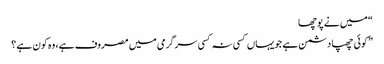
“ میں نے پوچھا
”کوئی چھپا دشمن ہے جویہاں کسی نہ کسی سرگرمی میں مصروف ہے، وہ کون ہے ؟